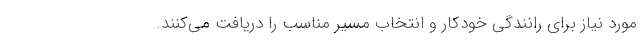
مورد نیاز برای رانندگی خودکار و انتخاب مسیر مناسب را دریافت می‌کنند.